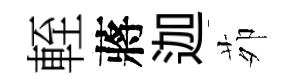
輊蔣迦茆